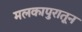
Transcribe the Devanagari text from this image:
मलकापुरातून